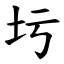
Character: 圬